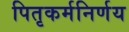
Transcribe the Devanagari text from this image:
पितृकर्मनिर्णय